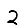
Digit: 2